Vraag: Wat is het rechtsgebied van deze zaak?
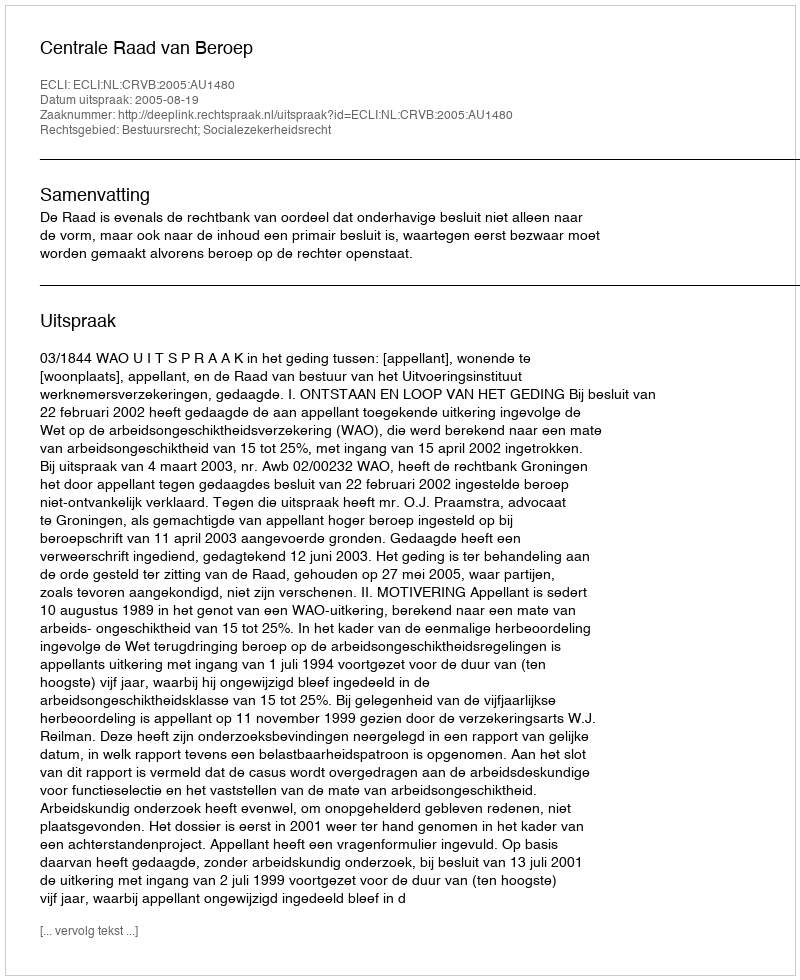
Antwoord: Bestuursrecht; Socialezekerheidsrecht